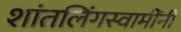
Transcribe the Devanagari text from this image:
शांतलिंगस्वामींनी